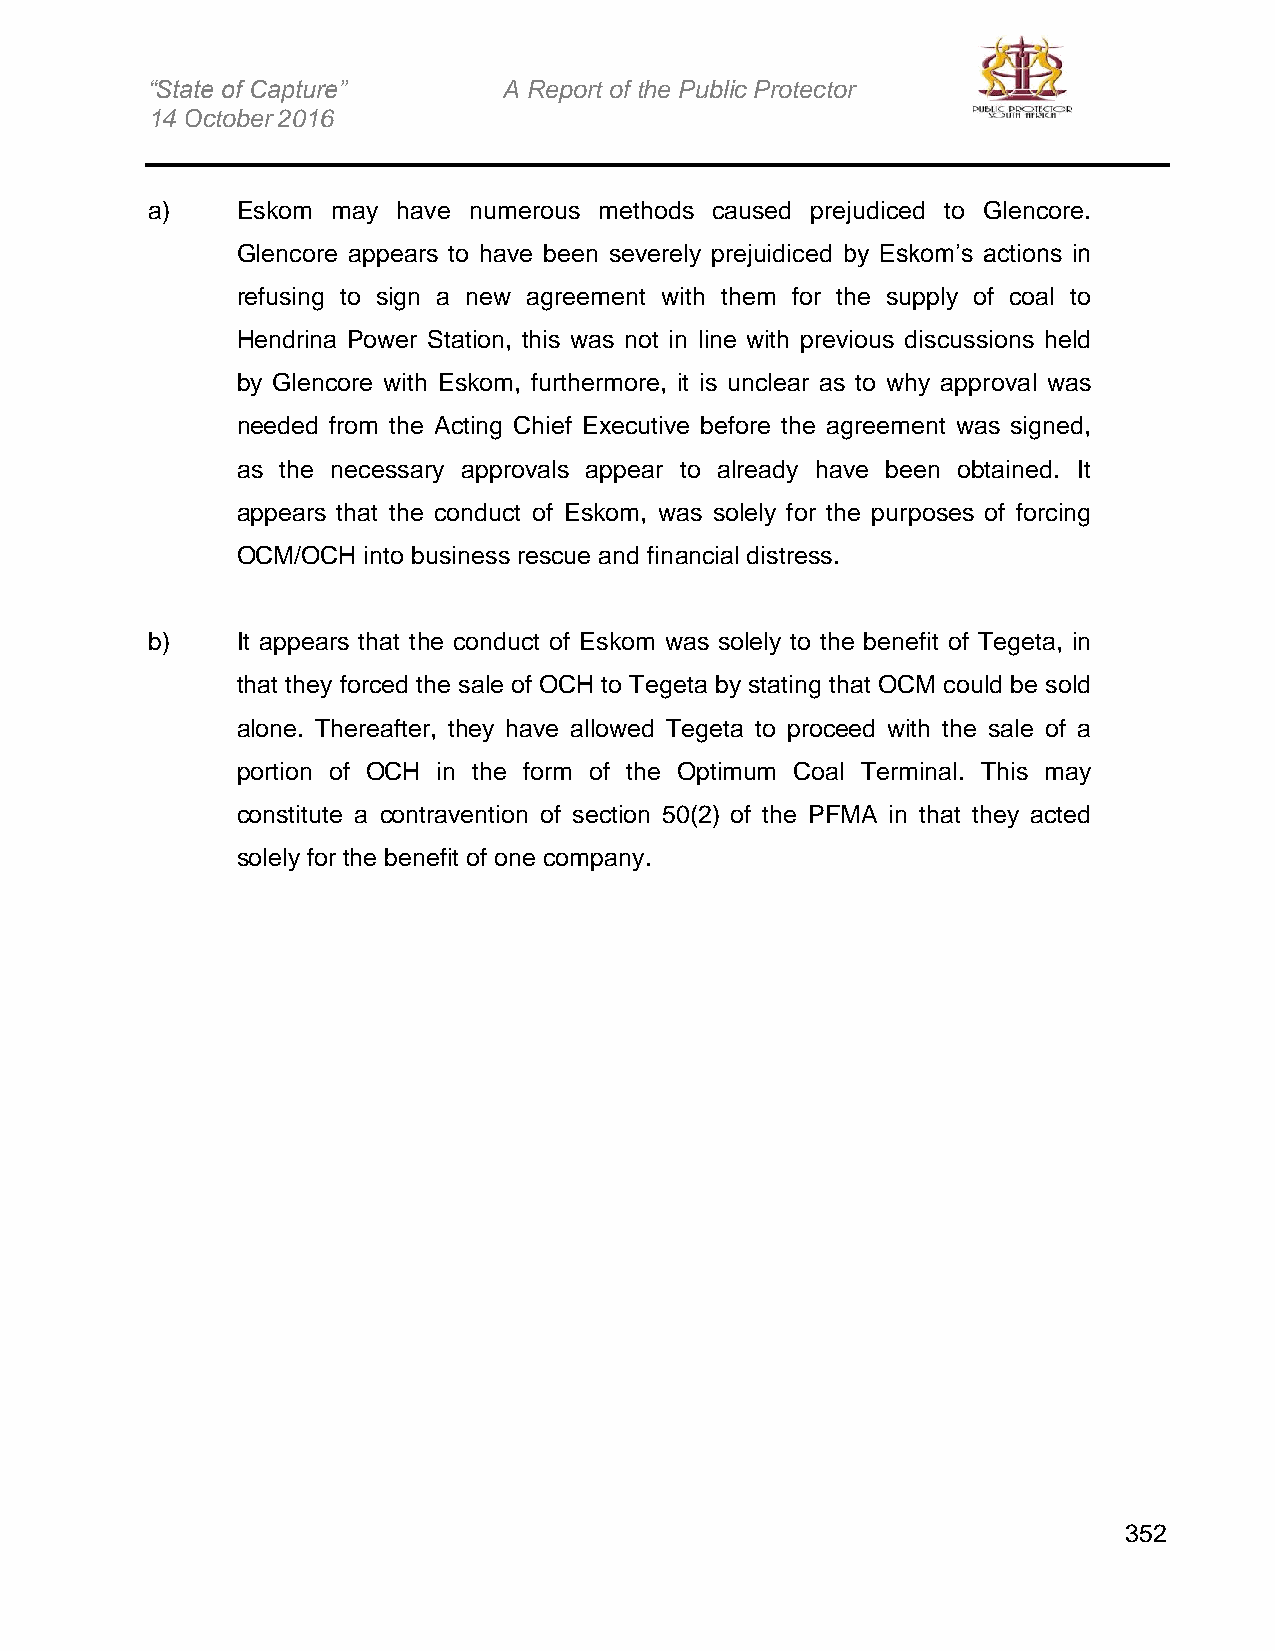
“State of Capture”     A Report of the Public Protector
 14 October 2016
 a)    Eskom may have numerous methods caused prejudiced to Glencore.
 Glencore appears to have been severely prejuidiced by Eskom’s actions in
 refusing to sign a new agreement with them for the supply of coal to
 Hendrina Power Station, this was not in line with previous discussions held
 by Glencore with Eskom, furthermore, it is unclear as to why approval was
 needed from the Acting Chief Executive before the agreement was signed,
 as the necessary approvals appear to already have been obtained. It
 appears that the conduct of Eskom, was solely for the purposes of forcing
 OCM/OCH into business rescue and financial distress.
 b)    It appears that the conduct of Eskom was solely to the benefit of Tegeta, in
 that they forced the sale of OCH to Tegeta by stating that OCM could be sold
 alone. Thereafter, they have allowed Tegeta to proceed with the sale of a
 portion of OCH in the form of the Optimum Coal Terminal. This may
 constitute a contravention of section 50(2) of the PFMA in that they acted
 solely for the benefit of one company.
 352